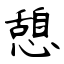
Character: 憩